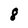
Character: 8